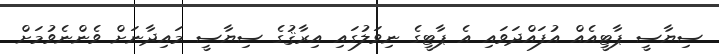
ސިޔާސީ ޕާޓީއެއް އުފައްދަވައި އެ ޕާޓީގެ ނިވަލުގައި އިރާޤުގެ ސިޔާސީ މައިދާނަށް ވެންނެވުމަށް